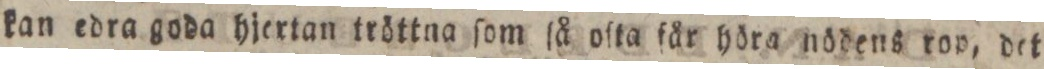
kan edra goda hjertan tröttna ſom ſå oſta får höra nödens rop, det